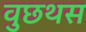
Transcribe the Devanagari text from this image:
वुछथस